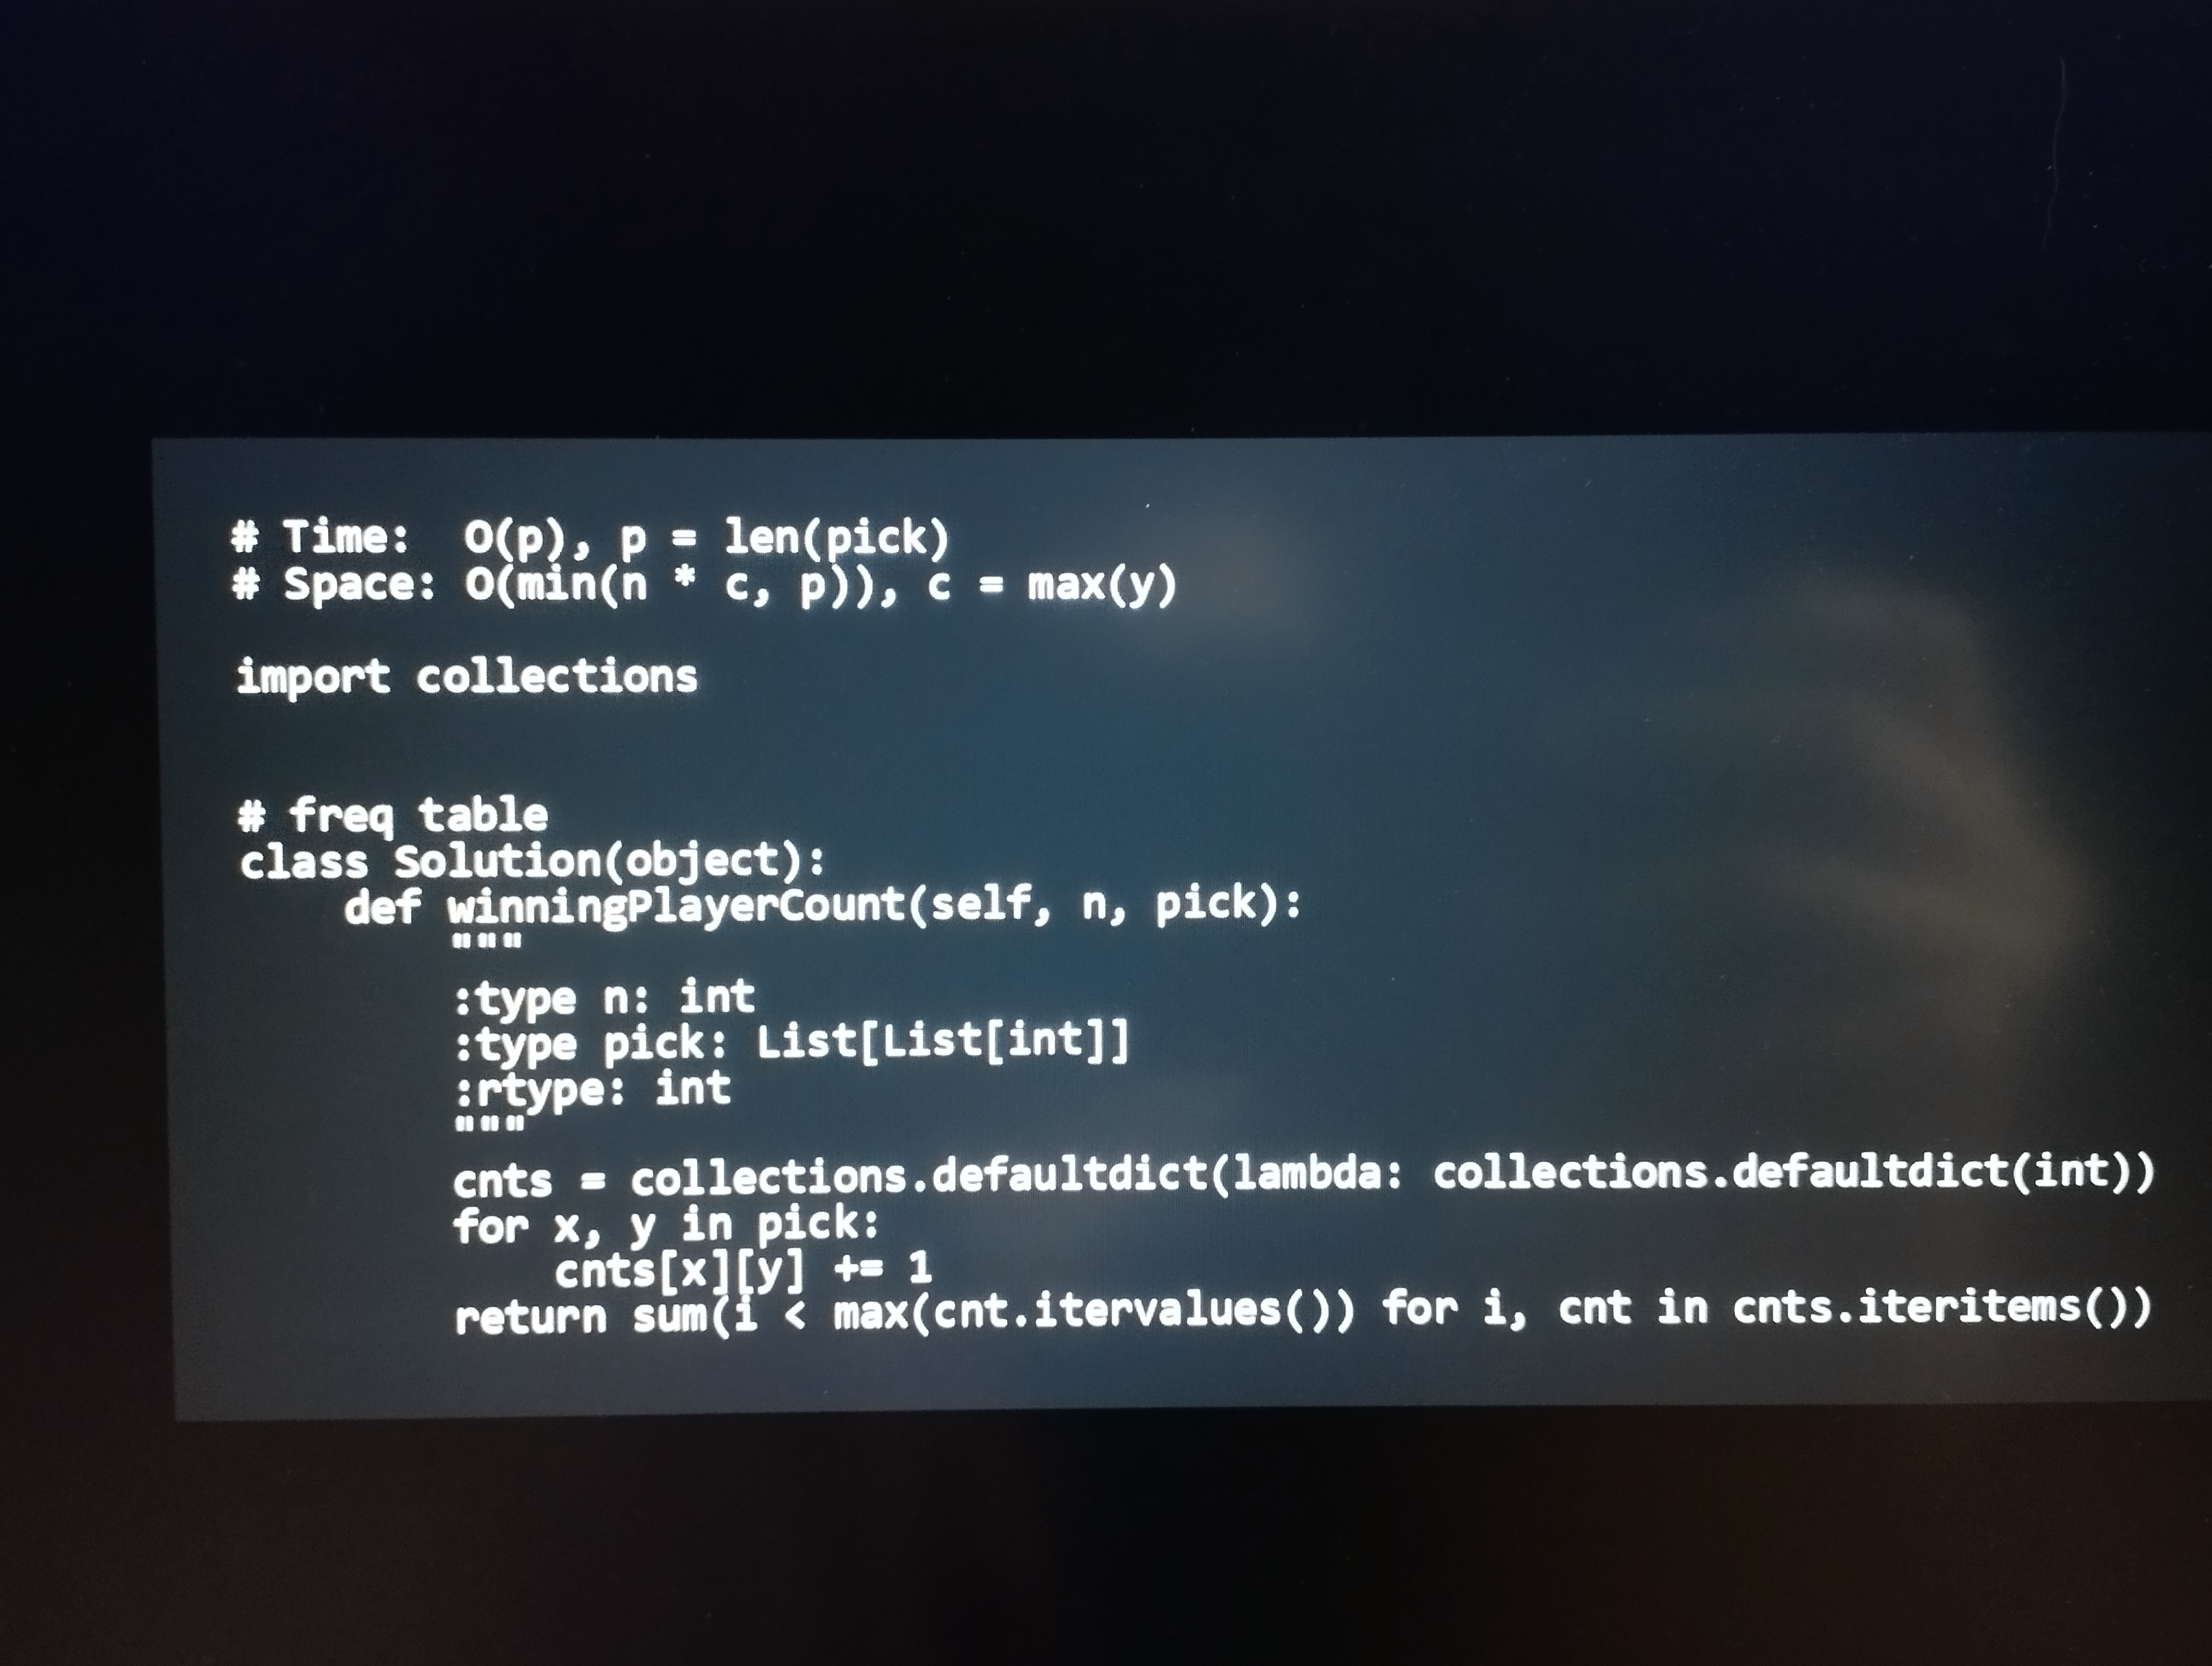
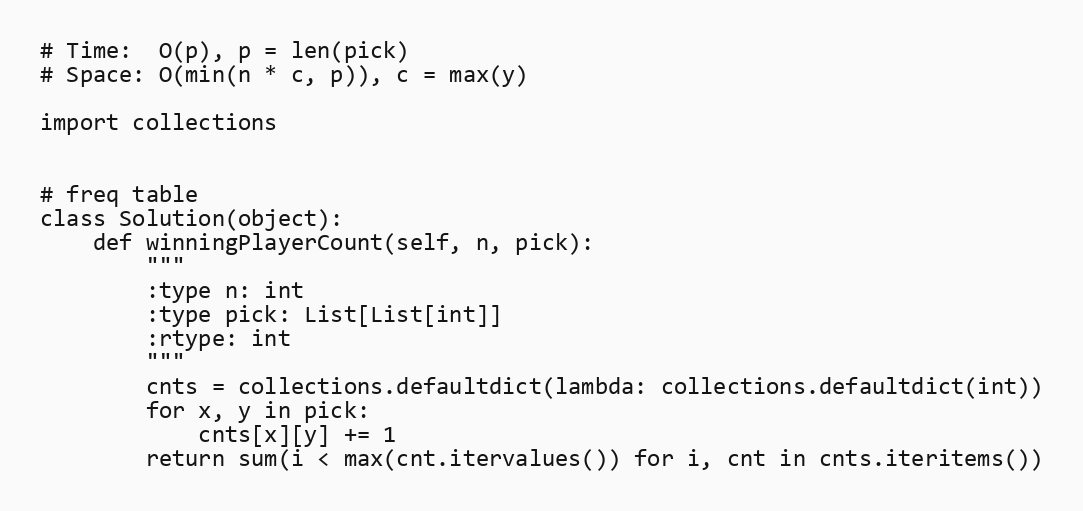
# Time:  O(p), p = len(pick)
# Space: O(min(n * c, p)), c = max(y)

import collections

# freq table
class Solution(object):
    def winningPlayerCount(self, n, pick):
        """
        :type n: int
        :type pick: List[List[int]]
        :rtype: int
        """
        cnts = collections.defaultdict(lambda: collections.defaultdict(int))
        for x, y in pick:
            cnts[x][y] += 1
        return sum(i < max(cnt.itervalues()) for i, cnt in cnts.iteritems())